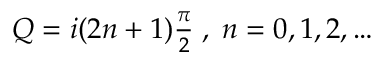
\begin{array} { r } { Q = i ( 2 n + 1 ) \frac { \pi } { 2 } \; , \; n = 0 , 1 , 2 , \dots } \end{array}